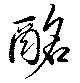
酩